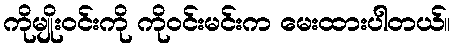
ကိုမျိုးဝင်းကို ကိုဝင်းမင်းက မေးထားပါတယ်။